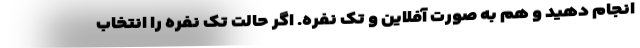
انجام دهید و هم به صورت آفلاین و تک نفره. اگر حالت تک نفره را انتخاب